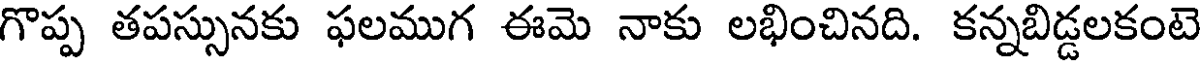
గొప్ప తపస్సునకు ఫలముగ ఈమె నాకు లభించినది. కన్నబిడ్డలకంటె